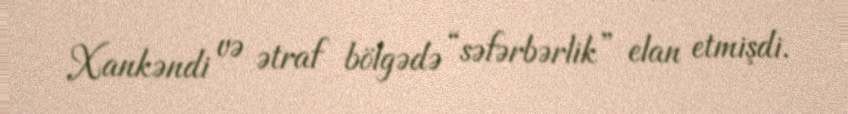
Xankəndi və ətraf bölgədə “səfərbərlik” elan etmişdi.